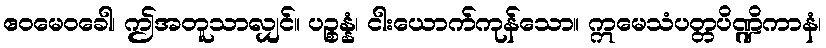
ဧဝမေဝခေါ၊ ဤအတူသာလျှင်။ ပဉ္စန္နံ၊ ငါးယောက်ကုန်သော။ ဣမေသံပတ္တပိဏ္ဍိကာနံ၊